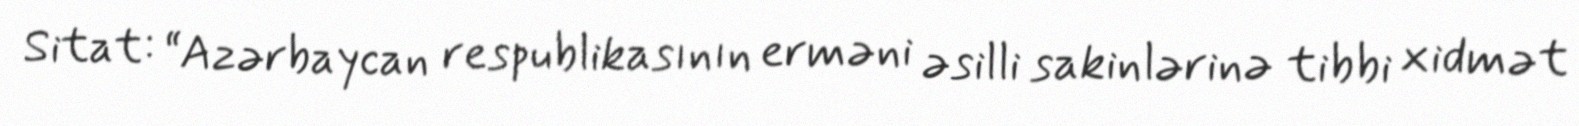
Sitat: “Azərbaycan respublikasının erməni əsilli sakinlərinə tibbi xidmət